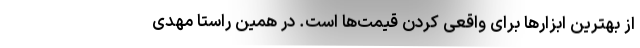
از بهترین ابزار‌ها برای واقعی کردن قیمت‌ها است. در همین راستا مهدی